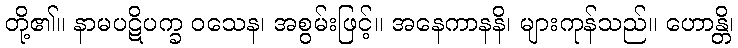
တို့၏။ နာမပဋိပက္ခ ဝသေန၊ အစွမ်းဖြင့်။ အနေကာနနိ၊ များကုန်သည်။ ဟောန္တိ၊